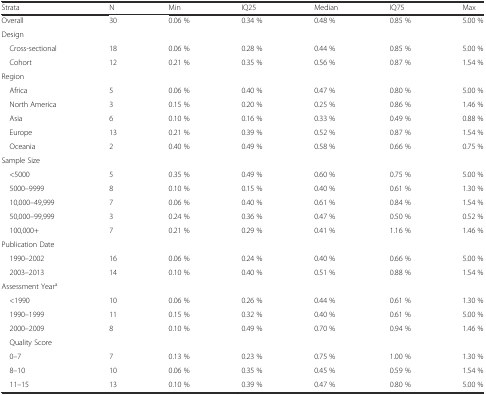
<table><thead><tr><td><b>Strata</b></td><td><b>N</b></td><td><b>Min</b></td><td><b>IQ25</b></td><td><b>Median</b></td><td><b>IQ75</b></td><td><b>Max</b></td></tr></thead><tbody><tr><td>Overall</td><td>30</td><td>0.06 %</td><td>0.34 %</td><td>0.48 %</td><td>0.85 %</td><td>5.00 %</td></tr><tr><td>Design</td><td></td><td></td><td></td><td></td><td></td><td></td></tr><tr><td> Cross-sectional</td><td>18</td><td>0.06 %</td><td>0.28 %</td><td>0.44 %</td><td>0.85 %</td><td>5.00 %</td></tr><tr><td> Cohort</td><td>12</td><td>0.21 %</td><td>0.35 %</td><td>0.56 %</td><td>0.87 %</td><td>1.54 %</td></tr><tr><td>Region</td><td></td><td></td><td></td><td></td><td></td><td></td></tr><tr><td> Africa</td><td>5</td><td>0.06 %</td><td>0.40 %</td><td>0.47 %</td><td>0.80 %</td><td>5.00 %</td></tr><tr><td> North America</td><td>3</td><td>0.15 %</td><td>0.20 %</td><td>0.25 %</td><td>0.86 %</td><td>1.46 %</td></tr><tr><td> Asia</td><td>6</td><td>0.10 %</td><td>0.16 %</td><td>0.33 %</td><td>0.49 %</td><td>0.88 %</td></tr><tr><td> Europe</td><td>13</td><td>0.21 %</td><td>0.39 %</td><td>0.52 %</td><td>0.87 %</td><td>1.54 %</td></tr><tr><td> Oceania</td><td>2</td><td>0.40 %</td><td>0.49 %</td><td>0.58 %</td><td>0.66 %</td><td>0.75 %</td></tr><tr><td>Sample Size</td><td></td><td></td><td></td><td></td><td></td><td></td></tr><tr><td> &lt;5000</td><td>5</td><td>0.35 %</td><td>0.49 %</td><td>0.60 %</td><td>0.75 %</td><td>5.00 %</td></tr><tr><td> 5000–9999</td><td>8</td><td>0.10 %</td><td>0.15 %</td><td>0.40 %</td><td>0.61 %</td><td>1.30 %</td></tr><tr><td> 10,000–49,999</td><td>7</td><td>0.06 %</td><td>0.40 %</td><td>0.61 %</td><td>0.84 %</td><td>1.54 %</td></tr><tr><td> 50,000–99,999</td><td>3</td><td>0.24 %</td><td>0.36 %</td><td>0.47 %</td><td>0.50 %</td><td>0.52 %</td></tr><tr><td> 100,000+</td><td>7</td><td>0.21 %</td><td>0.29 %</td><td>0.41 %</td><td>1.16 %</td><td>1.46 %</td></tr><tr><td>Publication Date</td><td></td><td></td><td></td><td></td><td></td><td></td></tr><tr><td> 1990–2002</td><td>16</td><td>0.06 %</td><td>0.24 %</td><td>0.40 %</td><td>0.66 %</td><td>5.00 %</td></tr><tr><td> 2003–2013</td><td>14</td><td>0.10 %</td><td>0.40 %</td><td>0.51 %</td><td>0.88 %</td><td>1.54 %</td></tr><tr><td>Assessment Year<sup>a</sup></td><td></td><td></td><td></td><td></td><td></td><td></td></tr><tr><td> &lt;1990</td><td>10</td><td>0.06 %</td><td>0.26 %</td><td>0.44 %</td><td>0.61 %</td><td>1.30 %</td></tr><tr><td> 1990–1999</td><td>11</td><td>0.15 %</td><td>0.32 %</td><td>0.40 %</td><td>0.61 %</td><td>5.00 %</td></tr><tr><td> 2000–2009</td><td>8</td><td>0.10 %</td><td>0.49 %</td><td>0.70 %</td><td>0.94 %</td><td>1.46 %</td></tr><tr><td> Quality Score</td><td></td><td></td><td></td><td></td><td></td><td></td></tr><tr><td> 0–7</td><td>7</td><td>0.13 %</td><td>0.23 %</td><td>0.75 %</td><td>1.00 %</td><td>1.30 %</td></tr><tr><td> 8–10</td><td>10</td><td>0.06 %</td><td>0.35 %</td><td>0.45 %</td><td>0.59 %</td><td>1.54 %</td></tr><tr><td> 11–15</td><td>13</td><td>0.10 %</td><td>0.39 %</td><td>0.47 %</td><td>0.80 %</td><td>5.00 %</td></tr></tbody></table>